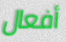
أفعال